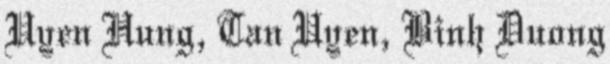
Uyen Hung, Tan Uyen, Binh Duong